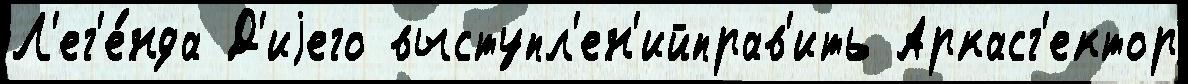
Л'ег'е́нда Д'иjего выступл'ен'ийправ'ить Аркасг'ектор